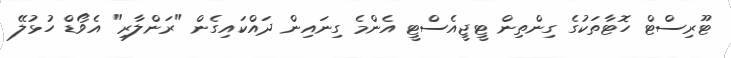
ޓޫރިސްޓް ހޮޓާތަކުގެ ގިންތިން ޓީޖީއެސްޓީ އެންމެ ގިނައިން ދައްކައިގެން "ރަންލާރި" އެވޯޑް ހުޅުލޭ